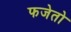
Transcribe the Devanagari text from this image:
फजेतो